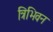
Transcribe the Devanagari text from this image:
त्रिभिवन